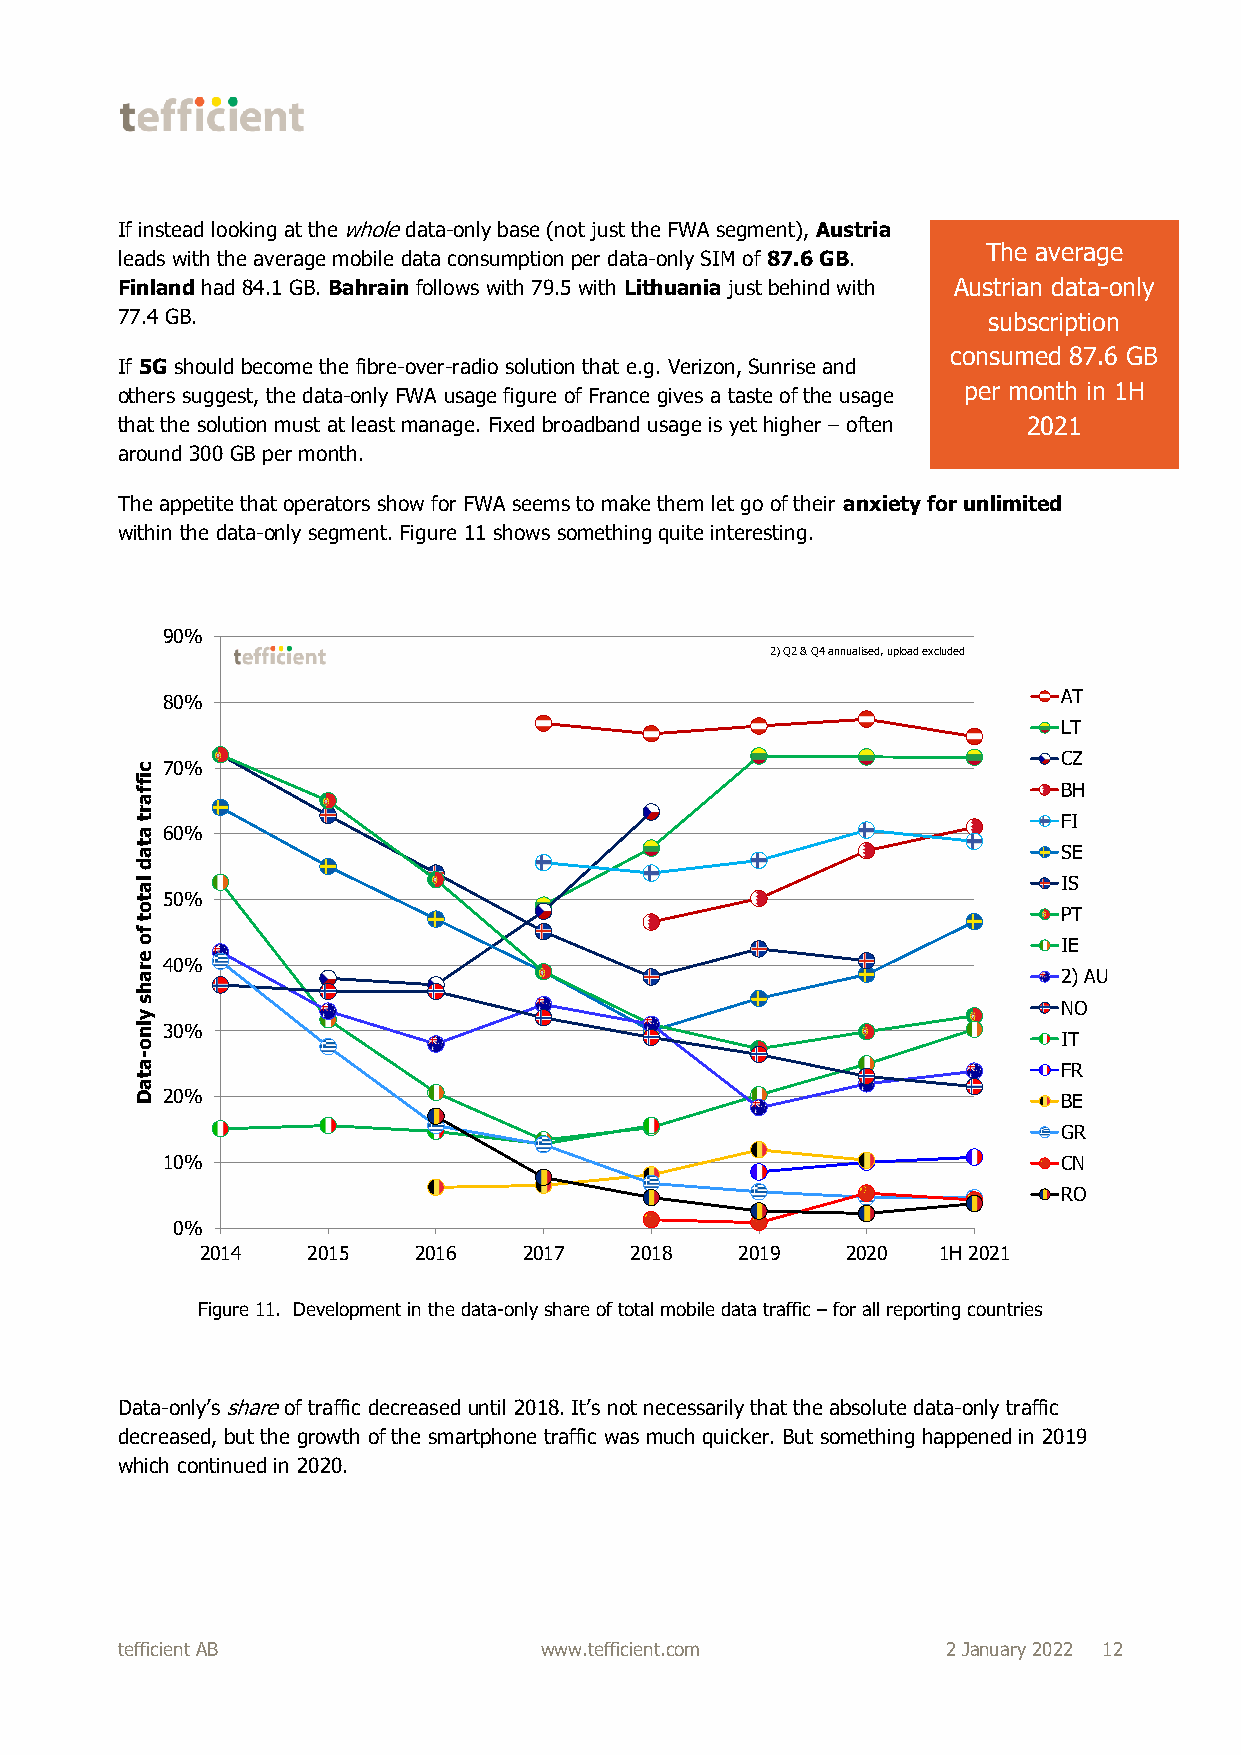
If instead looking at the whole data-only base (not just the FWA segment), Austria
 The average
 leads with the average mobile data consumption per data-only SIM of 87.6 GB.
 Finland had 84.1 GB. Bahrain follows with 79.5 with Lithuania just behind with Austrian data-only
 77.4 GB.                                                 subscription
 consumed 87.6 GB
 If 5G should become the fibre-over-radio solution that e.g. Verizon, Sunrise and
 others suggest, the data-only FWA usage figure of France gives a taste of the usage per month in 1H
 that the solution must at least manage. Fixed broadband usage is yet higher – often 2021
 around 300 GB per month.
 The appetite that operators show for FWA seems to make them let go of their anxiety for unlimited
 within the data-only segment. Figure 11 shows something quite interesting.
 90%
 2) Q2 & Q4 annualised, upload excluded
 80%                                                        AT
 LT
 CZ
 c 70%
 if
 f                                                            BH
 a
 r
 t                                                            FI
 a 60%
 t
 a                                                            SE
 d
 la                                                           IS
 t 50%
 o t                                                          PT
 f
 o                                                            IE
 e
 r 40%
 a                                                            2) AU
 h
 s
 y
 NO
 ln 30%
 IT
 o
 -
 a                                                            FR
 t
 a
 D 20%                                                        BE
 GR
 10%                                                        CN
 RO
 0%
 2014   2015   2016    2017   2018   2019   2020  1H 2021
 Figure 11. Development in the data-only share of total mobile data traffic – for all reporting countries
 Data-only’s share of traffic decreased until 2018. It’s not necessarily that the absolute data-only traffic
 decreased, but the growth of the smartphone traffic was much quicker. But something happened in 2019
 which continued in 2020.
 tefficient AB               www.tefficient.com         2 January 2022 12